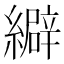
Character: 䌟